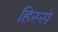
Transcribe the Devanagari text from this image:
हिस्‍स्‍ो